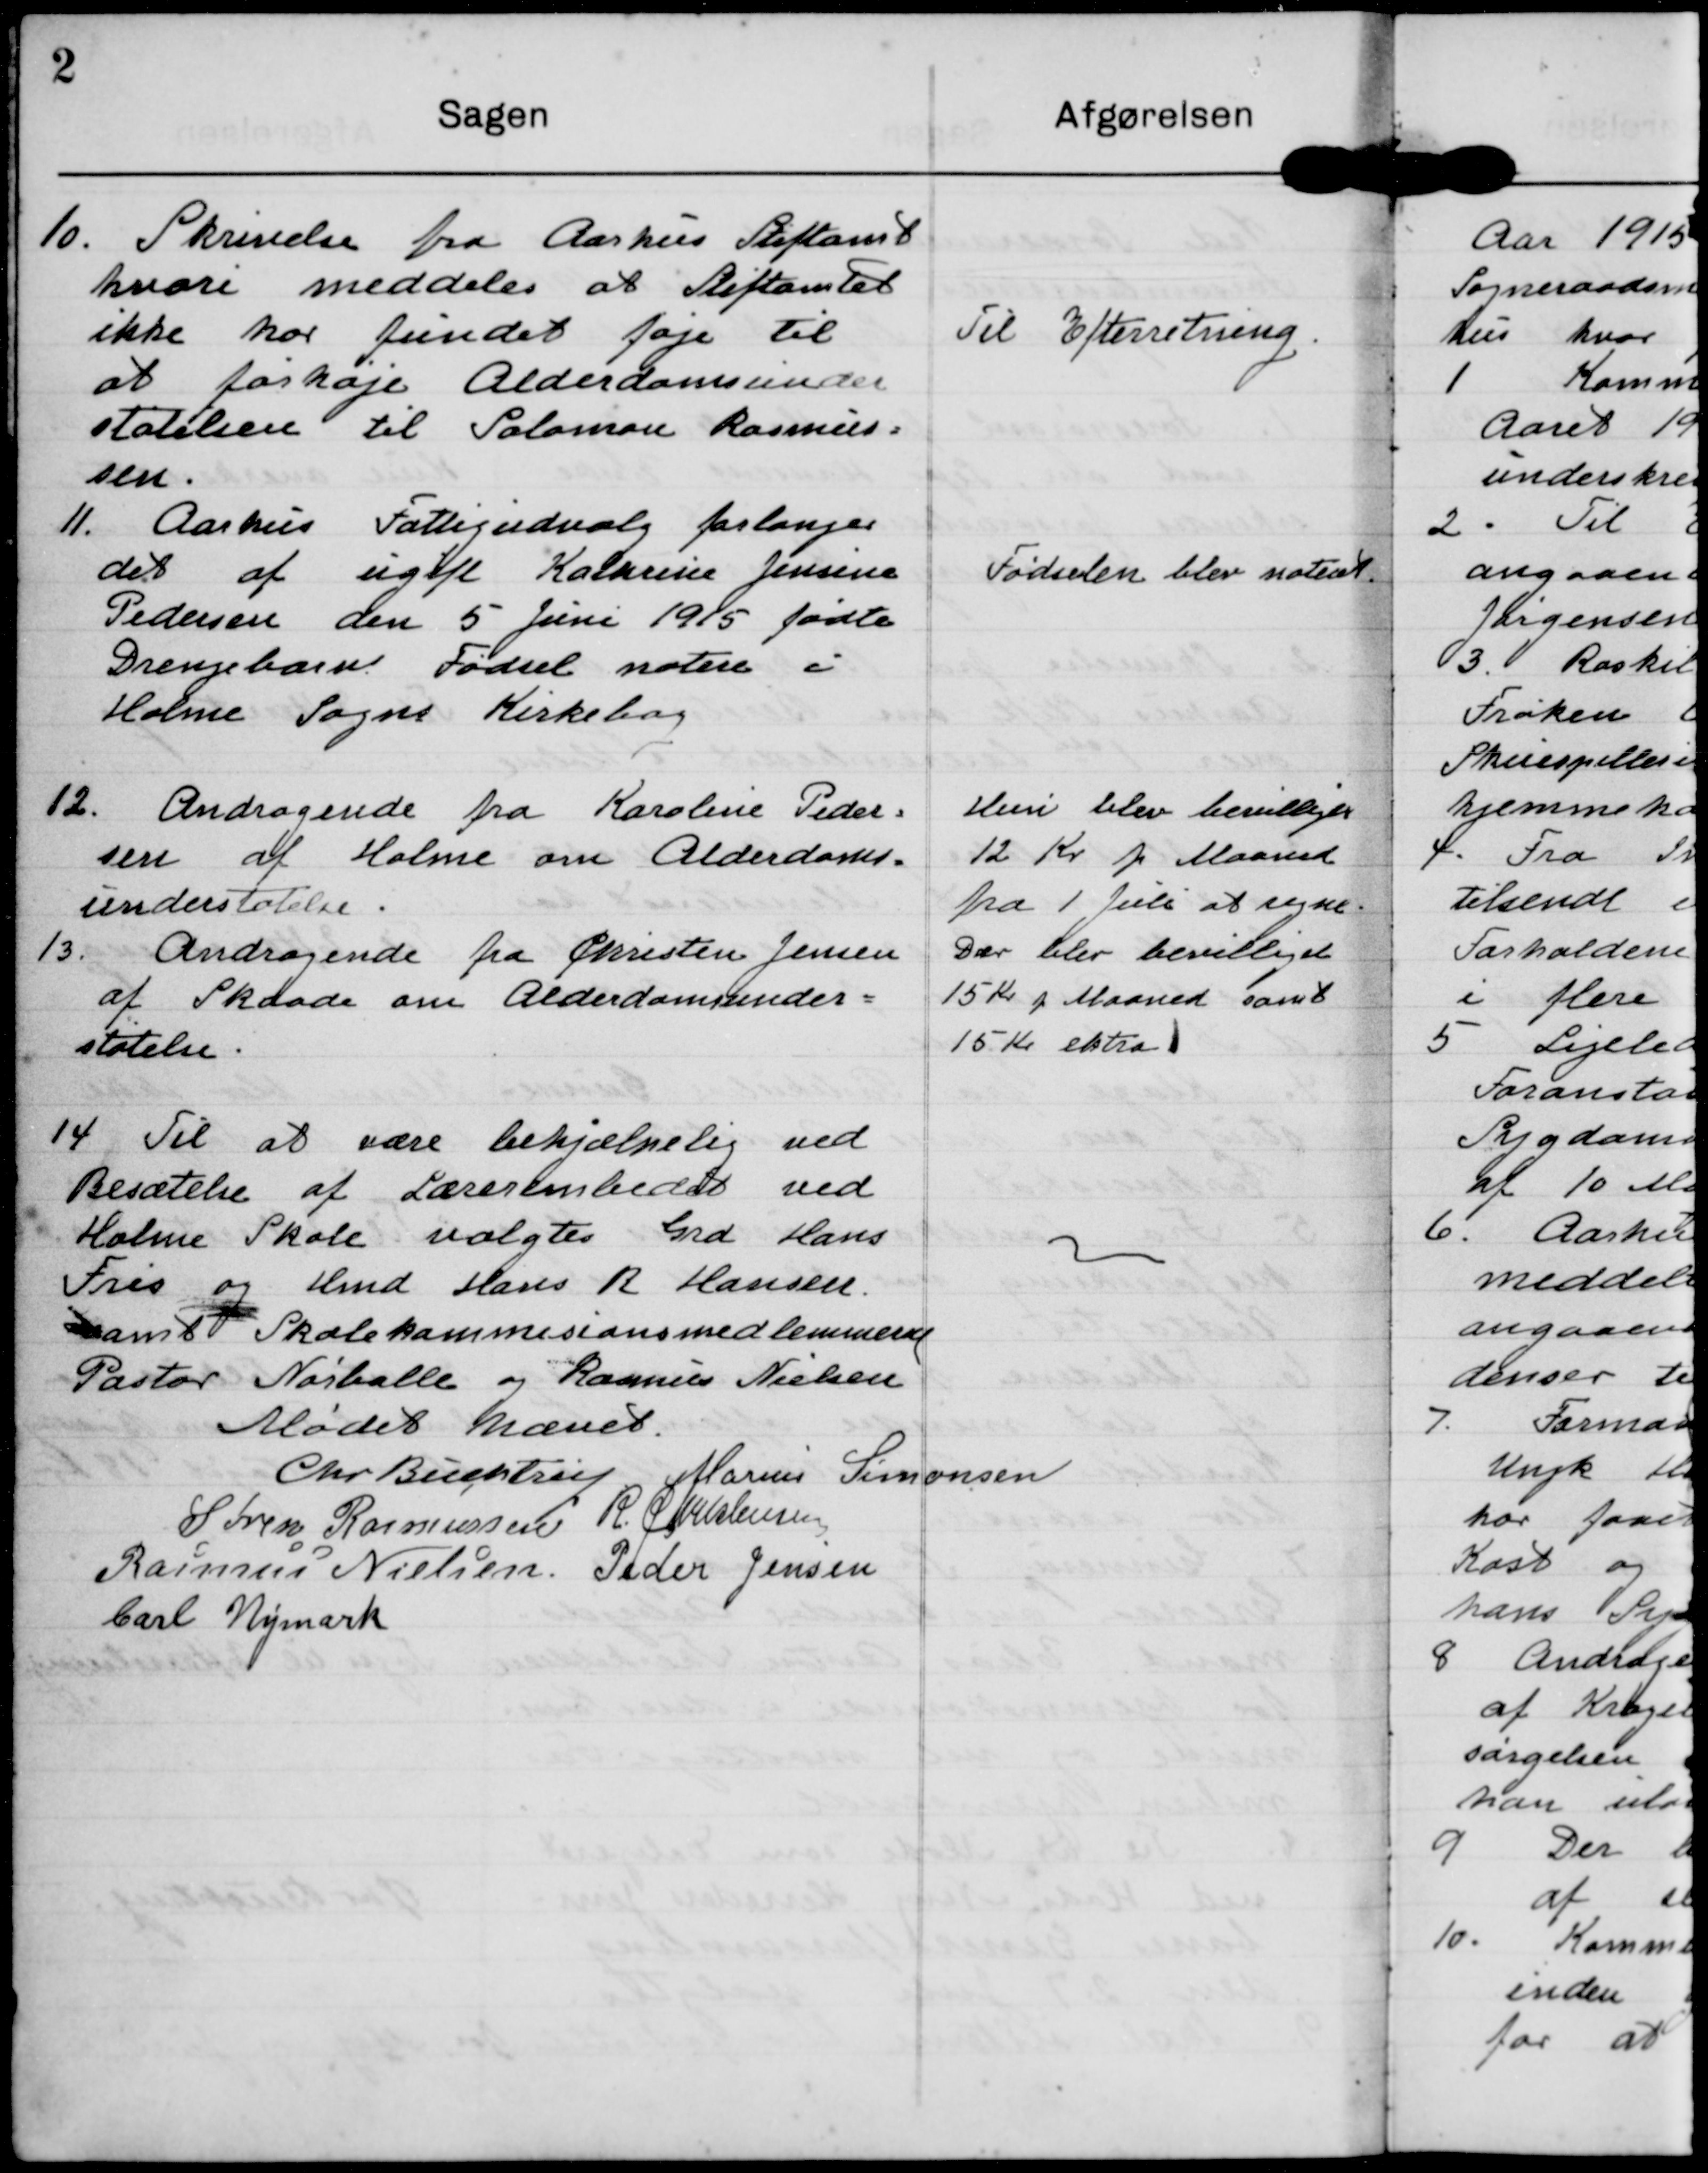
Transskription:
10. Skrivelse fra Aarhus Stiftamt
hvori meddeles at Stiftamtet 
ikke har fundet føje til
at forhøje Alderdomsunder
støtelsen til Solomon Rasmus=
sen.

Til Efterretning.

11. Aarhus Fattigudvalg forlanges
det af ugifte Kathrine Jensine
Pedersen den 5 Juni 1915 fødte
Drengebarn Fødsel notere i
Holme Sogns Kirkebog

Fødselen blev noteret.

12. Andragende fra Karoline Peder=
sen af Holme om Alderdoms-
understøtelse.

Hun blev bevilliget 
12 Kr p Maaned
fra 1 Juli at regne.

13. Andragende fra Christen Jensen
af Skaade om Alderdomsunder-
støtelse.

Der blev bevilliget
15 Kr p Maaned samt
15 Kr ekstra

14 Til at være behjælpelig ved
Besætelse af Lærerembedet ved
Holme Skole valgtes Grd Hans
Fris og Hmd Hans R Hansen.
samt Skolekommisionsmedlemmerne
Pastor Nørballe og Rasmus Nielsen

Mødet hæves.

Chr Buchtrup

Marius Simonsen

Søren Rasmussen

R. Christensen

Peder Jensen

Rasmus Nielsen

Carl Nymark